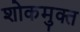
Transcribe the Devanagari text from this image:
शोकमुक्त